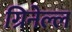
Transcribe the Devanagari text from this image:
ग्रिनेल्ल